Circular to Secondary Education Committee, 1908
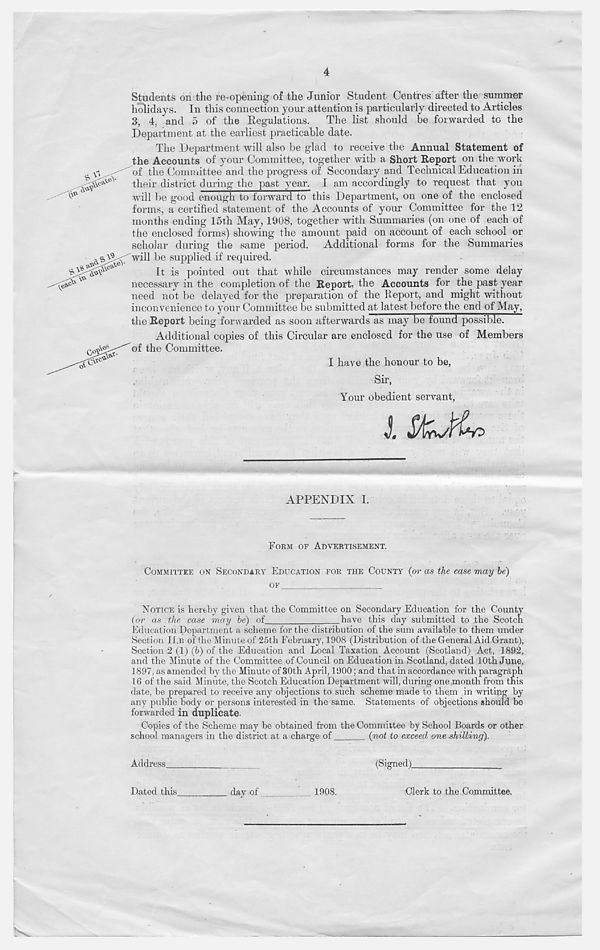
Students on the re-opening of the Junior Student Centres after the summer
holidays. In this connection your attention is particularly directed to Articles
3, 4. and 5 of the Regulations. The list should be forwarded to the
Department at the earliest practicable date.
The Department will also be glad to receive the Annual Statement of
the Accounts of your Committee, together with a Short Report on the work
of the Committee and the progress of Secondary and Technical Education in
their district during the past year. I am accordingly to request that you
will be good enough to forward to this Department, on one of the enclosed
forms, a certified statement of the Accounts of your Committee for the 12
months ending 15th May, 1908, together with Summaries (on one of each of
the enclosed forms) showing the amount paid on account of each school or
scholar during the same period. Additional forms for the Summaries
will be supplied if required.
It is pointed out that while circumstances may render some delay
necessary in the completion of the Report, the Accounts for the past year
need not be delayed for the preparation of the Report, and might without
inconvenience to your Committee be submitted at latest before the end of May,
the Report being forwarded as soon afterwards as may be found possible.
Additional copies of this Circular are enclosed for the use of Members
of the Committee.
I have the honour to be,
Sir,
Your obedient servant,
APPENDIX I.
FORM OF ADVERTISEMENT.
COMMITTEE ON SECONDARY EDUCATION FOR THE COUNTY (or as the case may be)
OF
NOTICE is hereby given that the Committee on Secondary Education for the County
(or as the ease may be) of
have this day submitted to the Scotch
Education Department a scheme for the distribution of the sum available to them under
Section II.B of the Minute of 25th February, 1908 (Distribution of the General Aid Grant),
Section 2 (1) (b) of the Education and Local Taxation Account (Scotland) Act, 1892,
and the Minute of the Committee of Council on Education in Scotland, dated 10th June,
1897, as amended by the Minute of 30th April, 1900; and that in accordance with paragraph
16 of the said Minute, the Scotch Education Department will, during one month from this
date, be prepared to receive any objections to such scheme made to them in writing by
any public body or persons interested in the same. Statements of objections should be
forwarded in duplicate.
Copies of the Scheme may be obtained from the Committee by School Boards or other
school managers in the district at a charge of
(not to exceed one shilling).
Address
(Signed)
Dated this
day of
1908.
Clerk to the Committee.